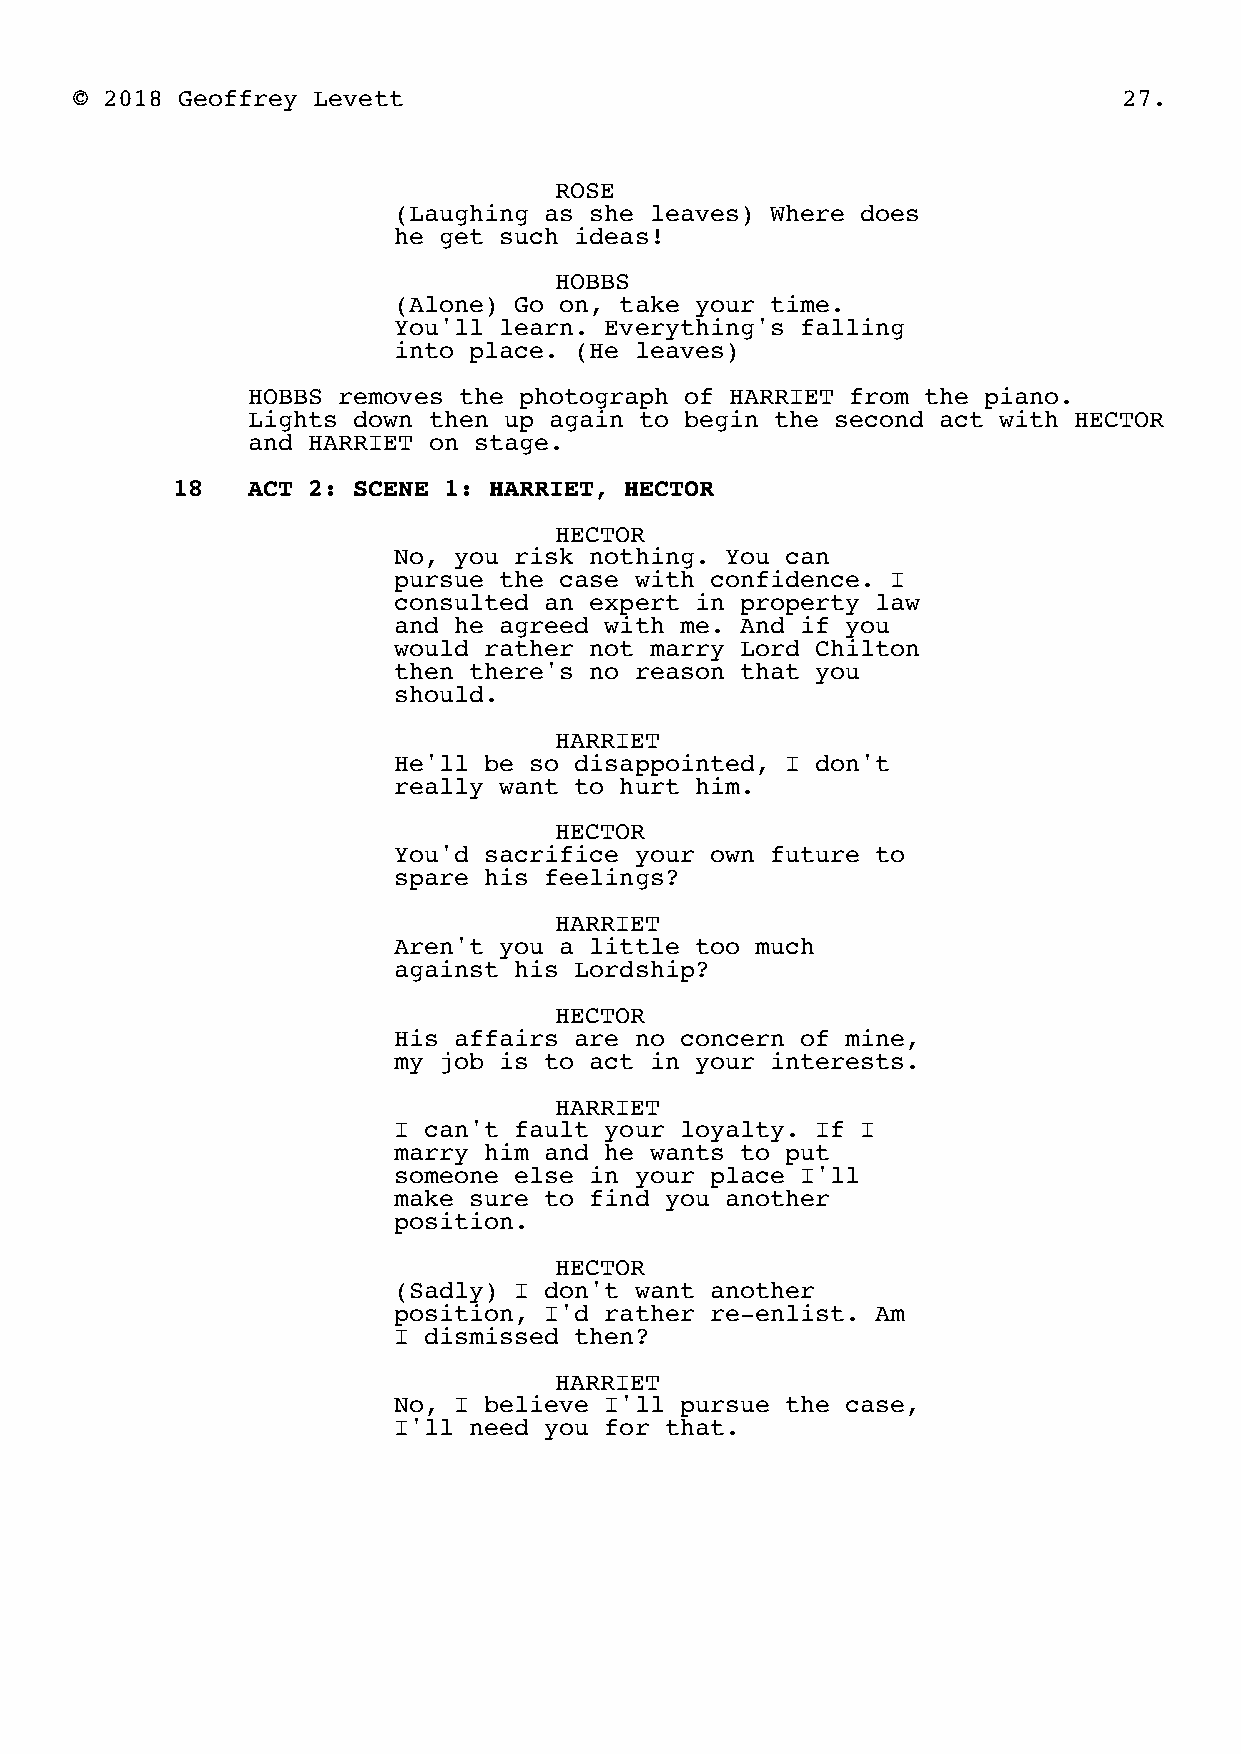
© 2018 Geoffrey Levett                                               27.
 ROSE
 (Laughing as she leaves) Where does
 he get such ideas!
 HOBBS
 (Alone) Go on, take your time.
 You'll learn. Everything's falling
 into place. (He leaves)
 HOBBS removes the photograph of HARRIET from the piano.
 Lights down then up again to begin the second act with HECTOR
 and HARRIET on stage.
 18   ACT 2: SCENE 1: HARRIET, HECTOR
 HECTOR
 No, you risk nothing. You can
 pursue the case with confidence. I
 consulted an expert in property law
 and he agreed with me. And if you
 would rather not marry Lord Chilton
 then there's no reason that you
 should.
 HARRIET
 He'll be so disappointed, I don't
 really want to hurt him.
 HECTOR
 You'd sacrifice your own future to
 spare his feelings?
 HARRIET
 Aren't you a little too much
 against his Lordship?
 HECTOR
 His affairs are no concern of mine,
 my job is to act in your interests.
 HARRIET
 I can't fault your loyalty. If I
 marry him and he wants to put
 someone else in your place I'll
 make sure to find you another
 position.
 HECTOR
 (Sadly) I don't want another
 position, I'd rather re-enlist. Am
 I dismissed then?
 HARRIET
 No, I believe I'll pursue the case,
 I'll need you for that.